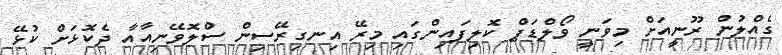
ގެއްލުން ރޫނީއަށް މިވަނީ ވޯލްޑަޕް ކޮލިފައިންގައި މިރޭ އިނގިރޭސިން ސްލޮވޭނިއާއާ ދެކޮޅަށް ކުޅޭ